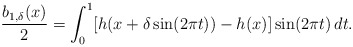
\begin{align*}\dfrac{b_{1,\delta}(x)}{2} =\int_0^1 [h(x+\delta \sin(2\pi t))-h(x)]\sin(2\pi t)\,dt.\end{align*}